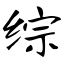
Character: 综